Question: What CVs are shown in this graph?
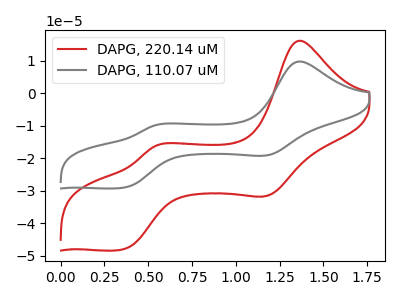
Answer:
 <answer>The red curve is labeled "DAPG, 220.14 uM". The gray curve is labeled "DAPG, 110.07 uM".</answer>
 <eval></eval>